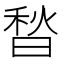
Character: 𰨮